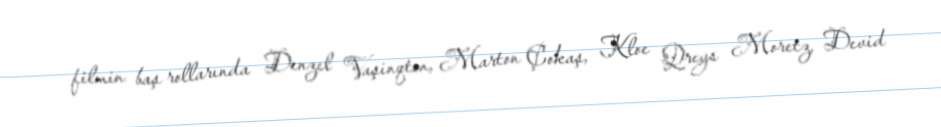
filmin baş rollarında Denzel Vaşinqton, Marton Çokaş, Kloe Qreys Moretz, Devid